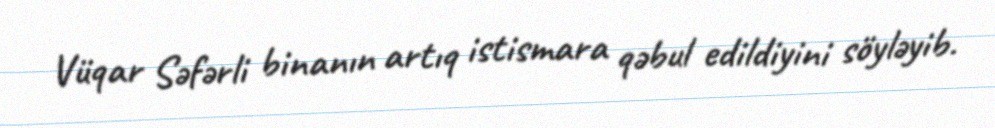
Vüqar Səfərli binanın artıq istismara qəbul edildiyini söyləyib.